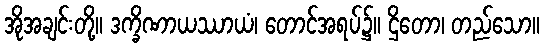
အိုအချင်းတို့။ ဒက္ခိဏာယဿာယံ၊ တောင်အရပ်၌။ ဌိတော၊ တည်သော။